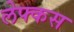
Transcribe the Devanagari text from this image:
लेफ्कस